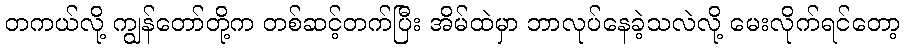
တကယ်လို့ ကျွန်တော်တို့က တစ်ဆင့်တက်ပြီး အိမ်ထဲမှာ ဘာလုပ်နေခဲ့သလဲလို့ မေးလိုက်ရင်တော့